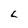
Character: L